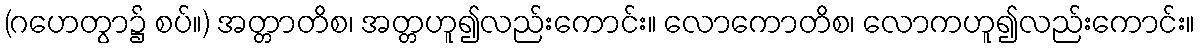
(ဂဟေတွာ၌ စပ်။) အတ္တာတိစ၊ အတ္တဟူ၍လည်းကောင်း။ လောကောတိစ၊ လောကဟူ၍လည်းကောင်း။